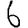
Digit: 6